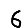
Digit: 6